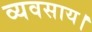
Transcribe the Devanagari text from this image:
व्यवसाय।